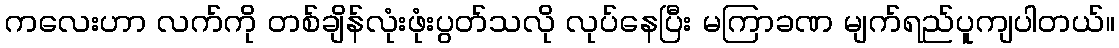
ကလေးဟာ လက်ကို တစ်ချိန်လုံးဖုံးပွတ်သလို လုပ်နေပြီး မကြာခဏ မျက်ရည်ပူကျပါတယ်။